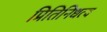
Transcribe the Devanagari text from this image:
प्रितिनिधत्व